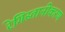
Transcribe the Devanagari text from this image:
रेगिस्तानीकरण